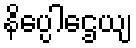
နိပ္ပေါဌေယျ